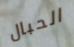
الحبال